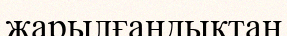
жарылғандықтан